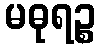
မဓုရဉ္စ